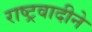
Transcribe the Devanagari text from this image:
राष्ट्रवादीने